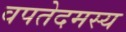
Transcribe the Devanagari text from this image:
वपतेदमस्य